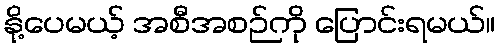
နို့ပေမယ့် အစီအစဉ်ကို ပြောင်းရမယ်။